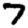
Digit: 7